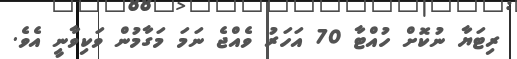
ރިޓަޔާ ނުކޮށް ހުއްޓާ 70 އަހަރު ވެއްޖެ ނަމަ މަގާމުން ވަކިވާނީ އެވެ.